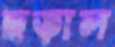
ছড়াল